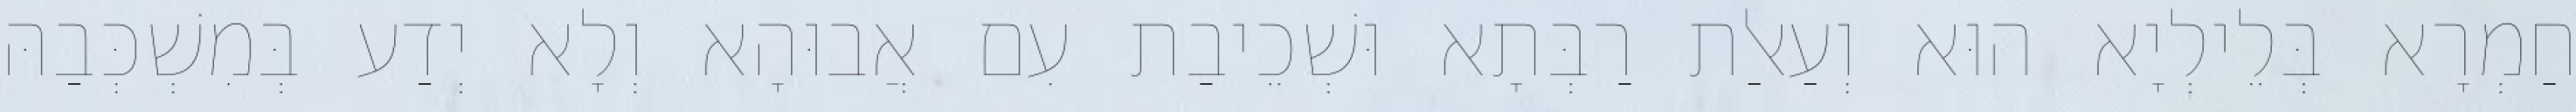
חַמְרָא בְּלֵילְיָא הוּא וְעַאלַת רַבְּתָא וּשְׁכֵיבַת עִם אֲבוּהָא וְלָא יְדַע בְּמִשְׁכְּבַהּ